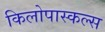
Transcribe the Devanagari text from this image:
किलोपास्कल्स